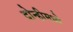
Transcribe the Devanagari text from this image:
दोन्हीमध्ये